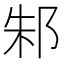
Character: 邾